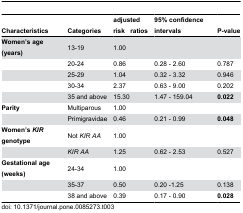
<table><thead><tr><td><b>Characteristics</b></td><td><b>Categories</b></td><td><b>adjusted riskratios</b></td><td><b>95% confidence intervals</b></td><td><b>P-value</b></td></tr></thead><tbody><tr><td><b>Women’s age (years)</b></td><td>13-19</td><td>1.00</td><td></td><td></td></tr><tr><td></td><td>20-24 </td><td>0.86</td><td>0.28 - 2.60</td><td>0.787 </td></tr><tr><td></td><td>25-29 </td><td>1.04</td><td>0.32 - 3.32</td><td>0.946 </td></tr><tr><td></td><td>30-34</td><td>2.37</td><td>0.63 - 9.00</td><td>0.202</td></tr><tr><td></td><td>35 and above</td><td>15.30</td><td>1.47 - 159.04</td><td><b>0.022</b></td></tr><tr><td><b>Parity</b></td><td>Multiparous </td><td>1.00</td><td></td><td></td></tr><tr><td></td><td>Primigravidae </td><td>0.46</td><td>0.21 - 0.99 </td><td><b>0.048</b></td></tr><tr><td><b>Women’s <i>KIR</i> genotype</b></td><td>Not <i>KIR AA</i></td><td>1.00</td><td></td><td></td></tr><tr><td></td><td><i>KIR AA</i></td><td>1.25</td><td>0.62 - 2.53 </td><td>0.527 </td></tr><tr><td><b>Gestational age (weeks)</b></td><td>24-34 </td><td>1.00</td><td></td><td></td></tr><tr><td></td><td>35-37</td><td>0.50</td><td>0.20 -1.25 </td><td>0.138</td></tr><tr><td></td><td>38 and above</td><td>0.39</td><td>0.17 - 0.90 </td><td><b>0.028</b></td></tr></tbody></table>